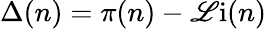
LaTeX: \Delta(n)=\pi(n)-\operatorname{\mathscr{L}i}(n)